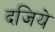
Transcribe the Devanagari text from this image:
दजिये